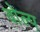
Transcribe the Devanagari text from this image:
वोल्प